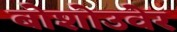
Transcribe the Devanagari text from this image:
बोशोउवेर